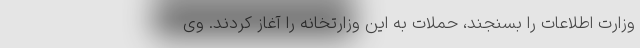
وزارت اطلاعات را بسنجند، حملات به این وزارتخانه را آغاز کردند. وی